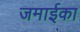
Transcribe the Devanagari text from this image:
जमाईका